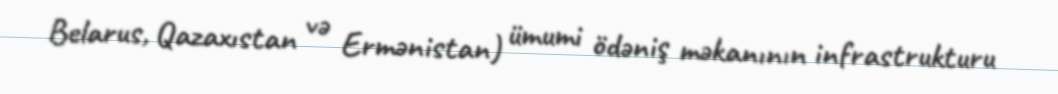
Belarus, Qazaxıstan və Ermənistan) ümumi ödəniş məkanının infrastrukturu